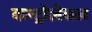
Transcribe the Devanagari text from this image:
कन्ट्रोलेबल